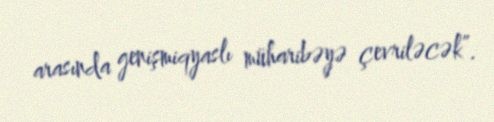
arasında genişmiqyaslı müharibəyə çevriləcək”.